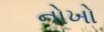
નોખો